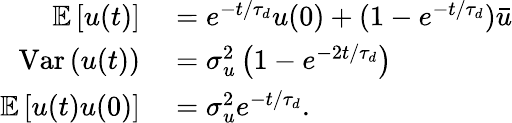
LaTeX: \begin{array}{rl}{\mathbb{E}\left[u(t)\right]}&{{}=e^{-t/\tau_{d}}u(0)+(1-e^{-t/\tau_{d}})\bar{u}}\\ {\mathrm{Var}\left(u(t)\right)}&{{}=\sigma_{u}^{2}\left(1-e^{-2t/\tau_{d}}\right)}\\ {\mathbb{E}\left[u(t)u(0)\right]}&{{}=\sigma_{u}^{2}e^{-t/\tau_{d}}.}\end{array}